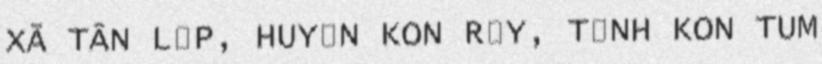
XÃ TÂN LẬP, HUYỆN KON RẪY, TỈNH KON TUM